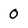
Character: 0